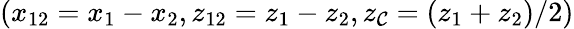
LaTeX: (x_{12}=x_{1}-x_{2},z_{12}=z_{1}-z_{2},z_{\mathcal{C}}=(z_{1}+z_{2})/2)